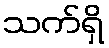
သက်ရှိ